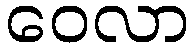
ဝေလာ